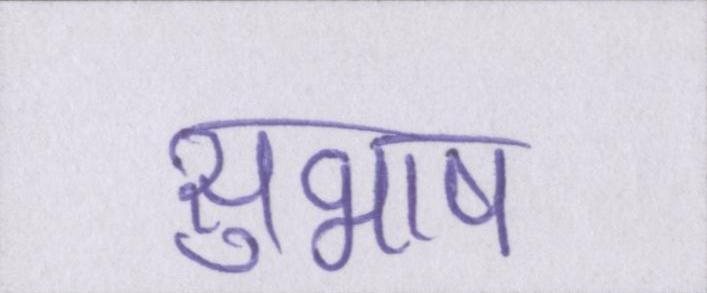
सुभाष